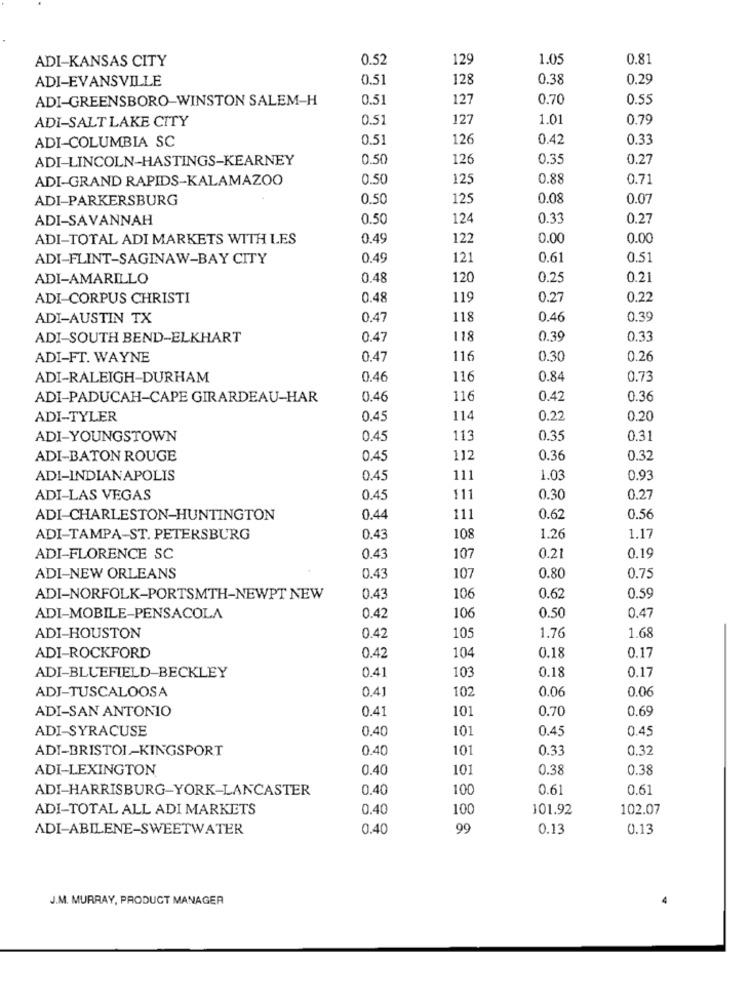
ADI-KANSAS CITY
0.52
129
1.05
0.81
ADI-EVANSVILLE
0.51
128
0.38
0.29
ADI-GREENSBORO-WINSTON SALEM-H
0.5
127
0.70
0.55
ADI-SALT LAKE CITY
0.5
127
1.01
0.79
ADI-COLUMBIA SC
0.51
126
0.42
0.33
ADI-LINCOLN-HASTINGS-KEARNEY
0.50
126
0.35
0.27
ADI-GRAND RAPIDS-KALAMAZOO
0.50
125
0.88
0.71
ADI-PARKERSBURG
0.50
125
0.08
0.07
ADI-SAVANNAH
0.50
124
0.33
0.27
ADI-TOTAL ADI MARKETS WITH LES
0.49
122
0.00
0.00
ADI-FLINT-SAGINAW-BAY CITY
0.49
121
0.61
0.51
ADI-AMARILLO
0.48
120
0.25
0.21
ADI-CORPUS CHRISTI
0.48
119
0.27
0.22
ADI-AUSTIN TX
0.47
118
0.46
0.39
ADI-SOUTH BEND-ELKHART
0.47
118
0.39
0.33
ADI-FT. WAYNE
0.47
116
0.30
0.26
ADI-RALEIGH-DURHAM
0.46
116
0.84
0.73
ADI-PADUCAH-CAPE GIRARDEAU-HAR
0.46
116
0.42
0.36
ADI-TYLER
0.45
114
0.22
0.20
ADI-YOUNGSTOWN
0.45
113
0.35
0.31
ADI-BATON ROUGE
0.45
112
0.36
0.32
ADI-INDIANAPOLIS
0.45
111
1.03
0.93
ADI-LAS VEGAS
0.45
111
0.30
0.27
ADI-CHARLESTON-HUNTINGTON
0.44
111
0.62
0.56
ADI-TAMPA-ST. PETERSBURG
0.4
108
1.26
1.17
ADI-FLORENCE SC
0.43
107
0.21
0.19
ADI-NEW ORLEANS
0.43
107
0.80
0.75
ADI-NORFOLK-PORTSMTH-NEWPT NEW
0.43
106
0.62
0.59
ADI-MOBILE-PENSACOLA
0.42
106
0.50
0.47
1.68
ADI-HOUSTON
0.42
105
1.76
ADI-ROCKFORD
0.42
0.18
0.17
104
0.41
103
0.18
0.17
ADI-BLUEFIELD-BECKLEY
ADI-TUSCALOOSA
0.4
102
0.06
0.06
ADI-SAN ANTONIO
0.41
101
0.70
0.69
ADI-SYRACUSE
0.40
101
0.45
0.45
ADI-BRISTOL-KINGSPORT
0.40
101
0.33
0.32
ADI-LEXINGTON
0.40
101
0.38
0.38
ADI-HARRISBURG-YORK-LANCASTER
0.40
100
0.61
0.61
ADI-TOTAL ALL ADI MARKETS
0.40
100
101.92
102.07
ADI-ABILENE-SWEETWATER
0.40
99
0.13
0.13
J.M. MURRAY, PRODUCT MANAGER